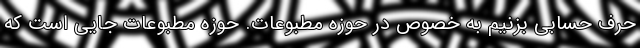
حرف حسابی بزنیم به خصوص در حوزه مطبوعات. حوزه مطبوعات جایی است که